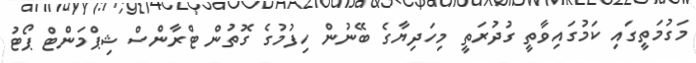
މަގުމަތީގައި ކަމުގައިވާތީ ގުދުރަތީ މިހަދިޔާގެ ބޭނުން ހިފުމުގެ ގޮތުން ޓްރާންސް ޝިޕްމަންޓް ޕޯޓު